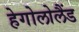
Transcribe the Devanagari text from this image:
हेगोलोलैंड